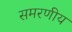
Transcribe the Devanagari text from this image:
समरणीय